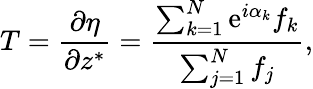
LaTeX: T={\frac{\partial\eta}{\partial z^{*}}}={\frac{\sum_{k=1}^{N}\mathrm{e}^{i\alpha_{k}}f_{k}}{\sum_{j=1}^{N}f_{j}}},